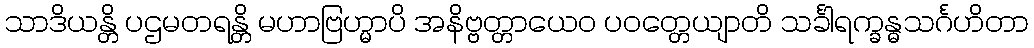
သာဒိယန္တိ ပဌမတရန္တိ မဟာဗြဟ္မာပိ အနိဗ္ဗတ္တာယေဝ ပဝတ္တေယျာတိ သင်္ခါရက္ခန္ဓသင်္ဂဟိတာ